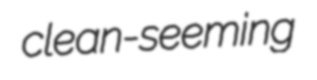
clean-seeming